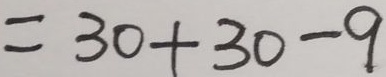
= 3 0 + 3 0 - 9